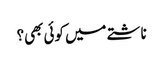
ناشتے میں کوئی بھی؟